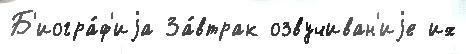
Б'иогра́ф'иjа За́втрак озвучиван'иjе их